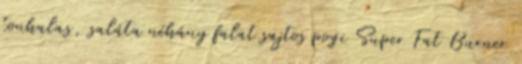
tonhalas, saláta néhány falat sajtos pogi Super Fat Burner